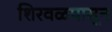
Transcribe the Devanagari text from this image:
शिरवळपासून